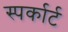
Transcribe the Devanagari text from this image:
स्पर्कार्ट